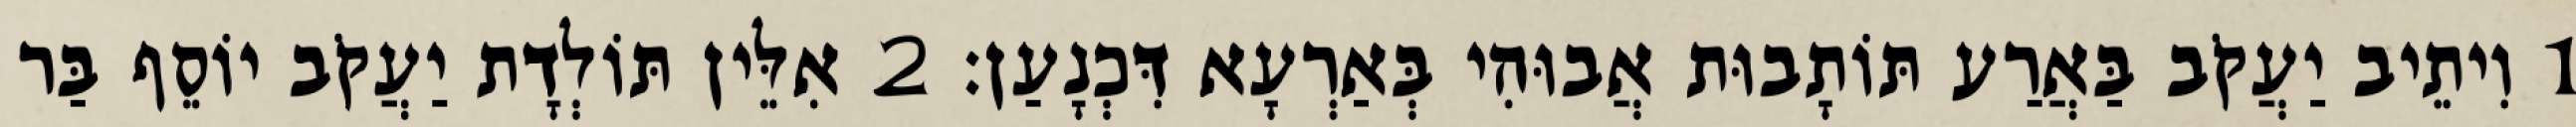
1 וִיתֵיב יַעֲקֹב בַּאֲרַע תּוֹתָבוּת אֲבוּהִי בְּאַרְעָא דִּכְנָעַן׃ 2 אִלֵּין תּוֹלְדָת יַעֲקֹב יוֹסֵף בַּר